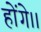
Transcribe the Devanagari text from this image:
होंगे।।